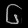
Digit: ၆